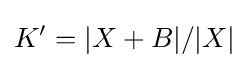
K'=|X+B|/|X|